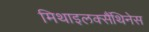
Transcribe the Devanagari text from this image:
मिथाइलक्सैंथिनेस